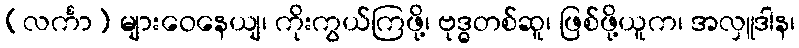
(လင်္ကာ) များဝေနေယျ၊ ကိုးကွယ်ကြဖို့၊ ဗုဒ္ဓတစ်ဆူ၊ ဖြစ်ဖို့ယူက၊ အလှူဒါန၊